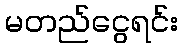
မတည်ငွေရင်း